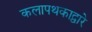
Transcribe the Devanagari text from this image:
कलापथकाद्वारे